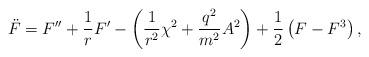
LaTeX: \begin{align*}\ddot{F}=F^{\prime \prime }+\frac{1}{r}F^{\prime }-\left( \frac{1}{r^{2}}\chi ^{2}+\frac{q^{2}}{m^{2}}A^{2}\right) +\frac{1}{2}\left( F-F^{3}\right) ,\end{align*}